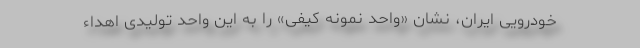
خودرویی ایران، نشان «واحد نمونه کیفی» را به این واحد تولیدی اهداء